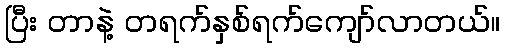
ပြီး တာနဲ့ တရက်နှစ်ရက်ကျော်လာတယ်။